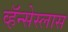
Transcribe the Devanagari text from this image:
व्हॅन्सेस्लास